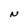
Character: N